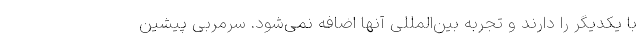
با یکدیگر را دارند و تجربه بین‌المللی آنها اضافه نمی‌شود. سرمربی پیشین